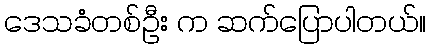
ဒေသခံတစ်ဦး က ဆက်ပြောပါတယ်။